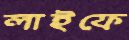
লাইফে